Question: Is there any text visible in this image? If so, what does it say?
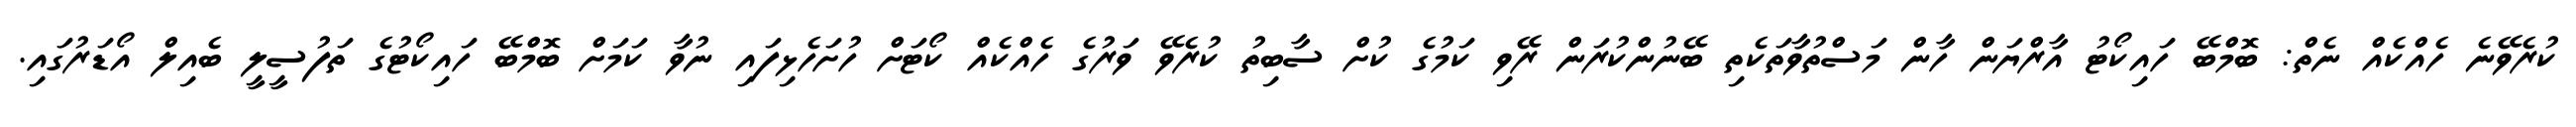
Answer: ކުރެވޭނެ ހެއްކެއް ނެތް: ބޮމްބޭ ހައިކޯޓު އާރްޔަން ހާން މަސްތުވާތަކެތި ބޭނުންކުރަން ރޭވި ކަމުގެ ކުށް ސާބިތު ކުރެވޭ ވަރުގެ ހެއްކެއް ކޯޓަށް ހުށަހެޅިފައި ނުވާ ކަމަށް ބޮމްބޭ ހައިކޯޓުގެ ތަފުސީލީ ބެއިލް އޯޑަރުގައި.